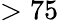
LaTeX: >75